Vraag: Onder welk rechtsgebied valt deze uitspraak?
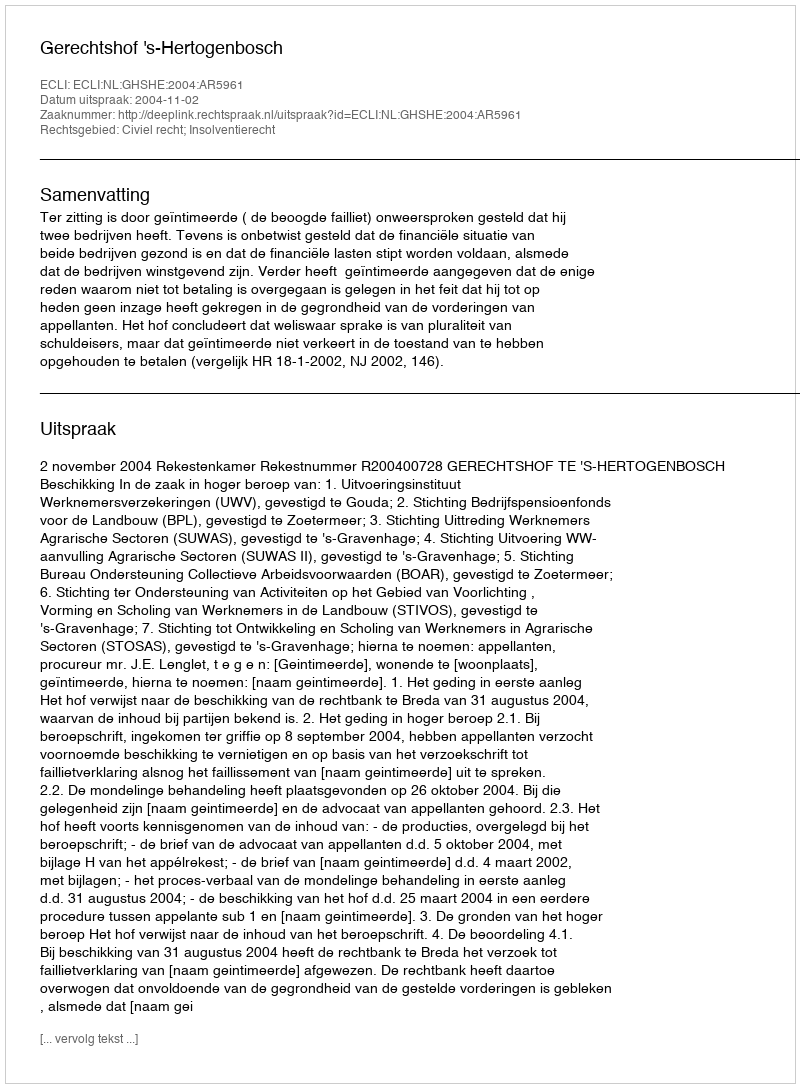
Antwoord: Civiel recht; Insolventierecht